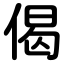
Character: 偈